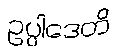
ဥပ္ပါဒေတိ